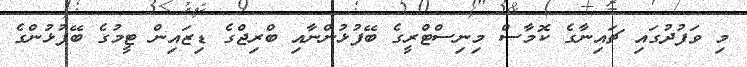
މި ވަފުދުގައި ޗައިނާގެ ކޮމާސް މިނިސްޓްރީގެ ބޭފުޅުންނާއި ބްރިޖްގެ ޑިޒައިން ޓީމުގެ ބޭފުޅުންގެ